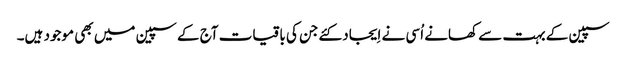
سپین کے بہت سے کھانے اُسی نے اِیجاد کئےجن کی باقیات آج کے سپین میں بھی موجود ہیں۔